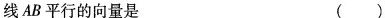
线AB平行的向量是 ( )